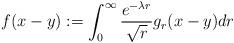
LaTeX: \begin{align*} f(x-y) := \int_0^{\infty} \frac{e^{- \lambda r}}{\sqrt{r}} g_r(x - y)dr \end{align*}